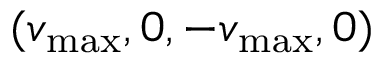
( v _ { \mathrm { m a x } } , 0 , - v _ { \mathrm { m a x } } , 0 )